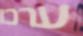
ערכו